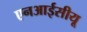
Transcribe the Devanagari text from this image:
एनआईसीयू